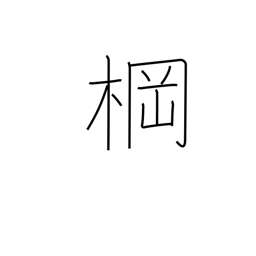
Meaning: mast crossbeam